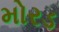
મોરડ